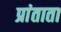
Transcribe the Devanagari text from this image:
प्रांताता